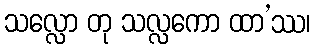
သလ္လော တု သလ္လကော ထာ’ဿ၊